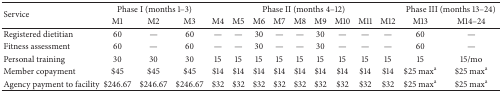
<table><thead><tr><td rowspan="2"><b>Service</b></td><td colspan="3"><b>Phase I (months 1–3)</b></td><td colspan="9"><b>Phase II (months 4–12)</b></td><td colspan="2"><b>Phase III (months 13–24)</b></td></tr><tr><td><b>M1</b></td><td><b>M2</b></td><td><b>M3</b></td><td><b>M4</b></td><td><b>M5</b></td><td><b>M6</b></td><td><b>M7</b></td><td><b>M8</b></td><td><b>M9</b></td><td><b>M10</b></td><td><b>M11</b></td><td><b>M12</b></td><td><b>M13</b></td><td><b>M14–24</b></td></tr></thead><tbody><tr><td>Registered dietitian</td><td>60</td><td>—</td><td>60</td><td>—</td><td>—</td><td>30</td><td>—</td><td>—</td><td>30</td><td>—</td><td>—</td><td>—</td><td>60</td><td>—</td></tr><tr><td>Fitness assessment</td><td>60</td><td>—</td><td>60</td><td>—</td><td>—</td><td>30</td><td>—</td><td>—</td><td>30</td><td>—</td><td>—</td><td>—</td><td>60</td><td>—</td></tr><tr><td>Personal training</td><td>30</td><td>30</td><td>30</td><td>15</td><td>15</td><td>15</td><td>15</td><td>15</td><td>15</td><td>15</td><td>15</td><td>15</td><td>15</td><td>15/mo</td></tr><tr><td>Member copayment</td><td>$45</td><td>$45</td><td>$45</td><td>$14</td><td>$14</td><td>$14</td><td>$14</td><td>$14</td><td>$14</td><td>$14</td><td>$14</td><td>$14</td><td>$25 max<sup>a</sup></td><td>$25 max<sup>a</sup></td></tr><tr><td>Agency payment to facility</td><td>$246.67</td><td>$246.67</td><td>$246.67</td><td>$32</td><td>$32</td><td>$32</td><td>$32</td><td>$32</td><td>$32</td><td>$32</td><td>$32</td><td>$32</td><td>$25 max<sup>a</sup></td><td>$25 max<sup>a</sup></td></tr></tbody></table>